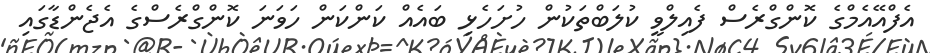
އެފްއޭއެމްގެ ކޮންގްރެސް ފެއިލްވީ ކުލަބްތަކުން ހުށަހެޅި ބައެއް ކަންކަން ހަވަނަ ކޮންގްރެސްގެ އެޖެންޑާގައި